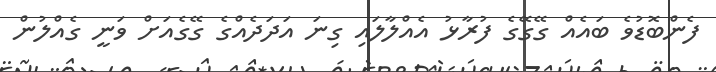
ފެންބޮޑުވެ ބައެއް ގޭގޭގެ ފުރާޅު އެއްލާލައި ގިނަ އަދަދެއްގެ ގޭގެއަށް ވަނީ ގެއްލުން